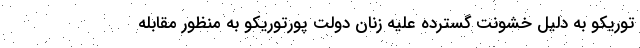
توریکو به دلیل خشونت گسترده علیه زنان دولت پورتوریکو به منظور مقابله